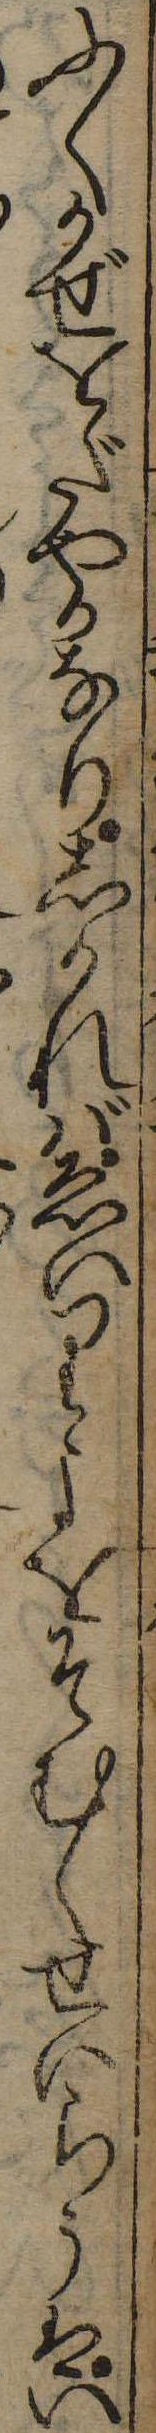
ふくかぜをだやかなりしかればゑいりよをそむくせいらうはい